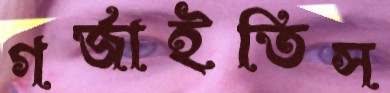
গর্‌জাইতিস